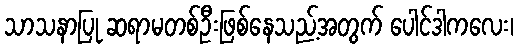
သာသနာပြု ဆရာမတစ်ဦးဖြစ်နေသည့်အတွက် ပေါင်ဒါကလေး၊